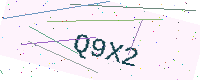
Text: Q9X2